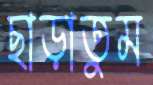
ছাড়াতুম